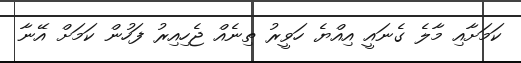
ކަމަށާއި މާލެ ގެނައީ އިއްޔެ ހަވީރު ތިނެއް ޖެހިއިރު ފަހުން ކަމަށް އޭނާ